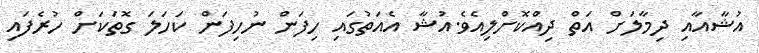
އުޝާއާއި ދިމާލަށް އަތް ދިއްކޮށްލިއެވެ.އުޝާ އެއަތުގައި ހިފަން ނުހިފަން ކަހަލަ ގޮތަކަށް ހުރެފައި